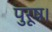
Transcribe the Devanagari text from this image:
पुरूष।